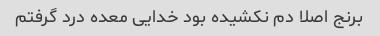
برنج اصلا دم نکشیده بود خدایی معده درد گرفتم